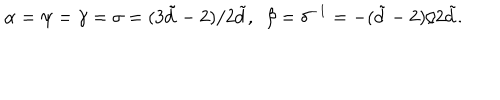
\alpha = \psi = \gamma = \sigma = ( 3 \tilde { d } - 2 ) / 2 \tilde { d } , \ \ \beta = \delta ^ { - 1 } = - ( \tilde { d } - 2 ) / 2 \tilde { d } .